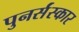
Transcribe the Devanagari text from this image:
पुनर्संस्कार